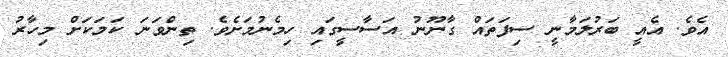
އެވެ. އެއީ ބަރުލަމާނީ ސިފަތައް ގާނޫނު އަސާސީގައި ހިމެނުމަށެވެ. ތިންވަނަ ކަމަކަށް މިހާރު